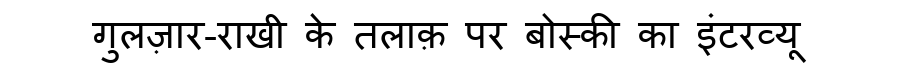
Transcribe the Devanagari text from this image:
गुलज़ार-राखी के तलाक़ पर बोस्की का इंटरव्यू